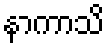
နာကာသိ